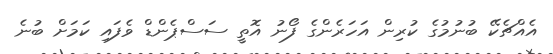
އެއްޗެކޭ ބުނުމުގެ ކުރިން އަހަރެންގެ ފޯނު އޮތީ ސަސްޕެންޑް ވެފައި ކަމަށް ބުނެ